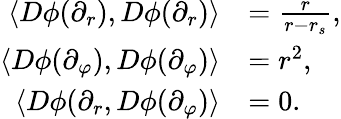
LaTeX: \begin{array}{rl}{\langle D\phi(\partial_{r}),D\phi(\partial_{r})\rangle}&{=\frac{r}{r-r_{s}},}\\ {\langle D\phi(\partial_{\varphi}),D\phi(\partial_{\varphi})\rangle}&{=r^{2},}\\ {\langle D\phi(\partial_{r},D\phi(\partial_{\varphi})\rangle}&{=0.}\end{array}